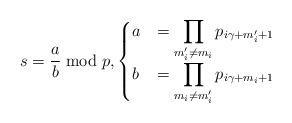
LaTeX: \begin{align*}s = \frac{a}{b} \bmod{p}, \begin{cases}a & = \displaystyle\prod \limits_{\substack{m'_i \neq m_i}} p_{i\gamma+ m'_i + 1} \\b & = \displaystyle\prod \limits_{\substack{m_i \neq m'_i}} p_{i\gamma+ m_i + 1}\end{cases}\end{align*}